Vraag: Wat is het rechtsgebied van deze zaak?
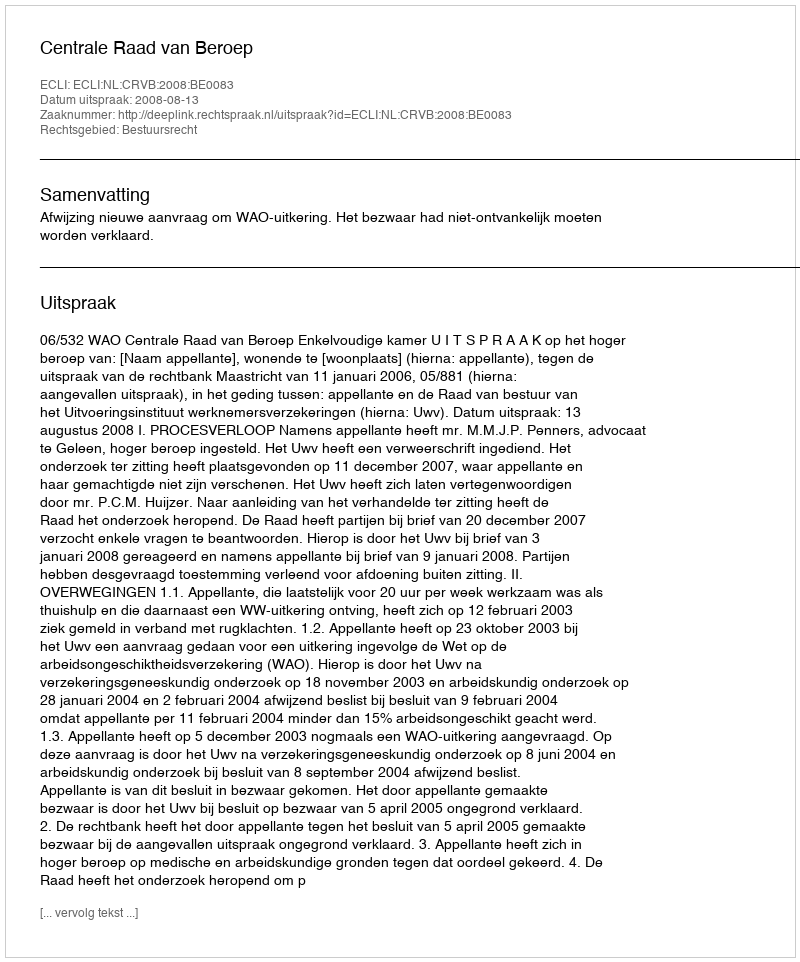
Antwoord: Bestuursrecht